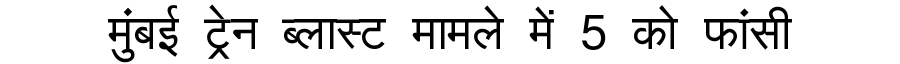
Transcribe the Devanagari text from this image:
मुंबई ट्रेन ब्लास्ट मामले में 5 को फांसी